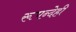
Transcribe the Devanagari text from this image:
रूपन्देही